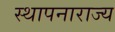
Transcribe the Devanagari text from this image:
स्थापनाराज्य